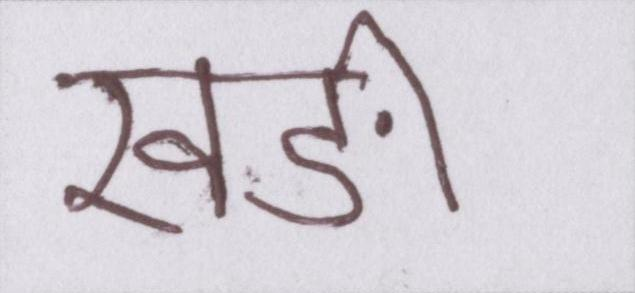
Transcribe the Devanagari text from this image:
खङी